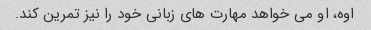
اوه، او می خواهد مهارت های زبانی خود را نیز تمرین کند.